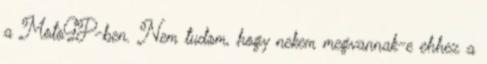
a MotoGP-ben. Nem tudom, hogy nekem megvannak-e ehhez a